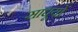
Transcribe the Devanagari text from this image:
साधूयों